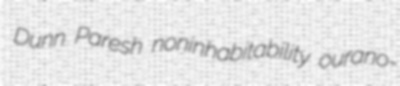
Dunn Paresh noninhabitability ourano-